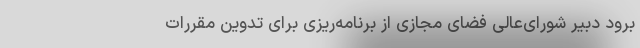
برود دبیر شورای‌عالی فضای مجازی از برنامه‌ریزی برای تدوین مقررات